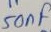
Text: 50nF